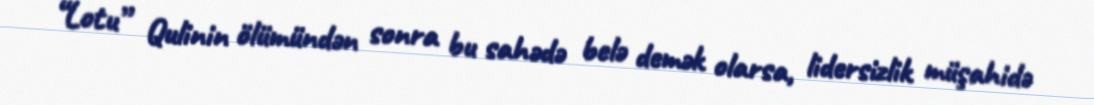
“Lotu” Qulinin ölümündən sonra bu sahədə belə demək olarsa, lidersizlik müşahidə